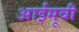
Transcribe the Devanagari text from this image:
आईमूवी